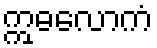
ဣဓလောကံ